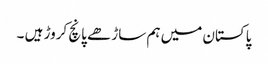
پاکستان میں ہم ساڑھے پانچ کروڑ ہیں ۔